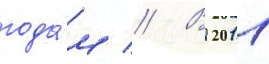
года́м // В 2011